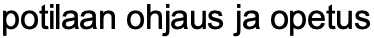
potilaan ohjaus ja opetus